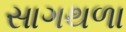
સાગથળા